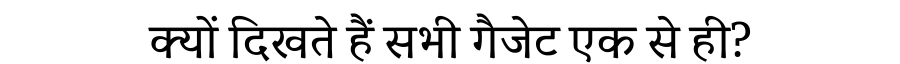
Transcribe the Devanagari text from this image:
क्यों दिखते हैं सभी गैजेट एक से ही?